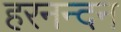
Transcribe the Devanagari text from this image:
हरनन्दन